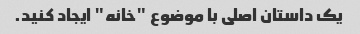
یک داستان اصلی با موضوع "خانه" ایجاد کنید.